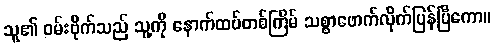
သူ၏ ဝမ်းဗိုက်သည် သူ့ကို နောက်ထပ်တစ်ကြိမ် သစ္စာဖောက်လိုက်ပြန်ပြီကော။